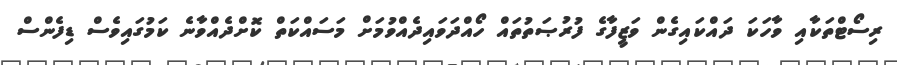
ރިސޯޓްތަކާއި ވާހަކަ ދައްކައިގެން ވަޒީފާގެ ފުރުޞަތުތައް ހޯއްދަވައިދެއްވުމަށް މަސައްކަތް ކޮށްދެއްވާނެ ކަމުގައިވެސް ޑިފެންސް